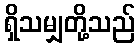
ရှိသမျှတို့သည်